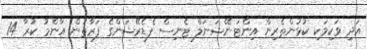
އަދި ވަކިވަކި ކުޅުންތެރިން އިންޓަނޭޝަނަލް ޓެނިސް ފެޑެރޭޝަންގެ ފަރާތުން އާންމު ކުރާ 14